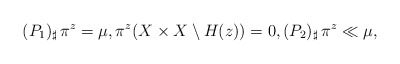
\begin{align*}(P_{1})_{\sharp}\,\pi^{z} = \mu, \pi^{z} (X\times X \setminus H(z))=0, (P_{2})_{\sharp}\, \pi^{z} \ll \mu, \end{align*}